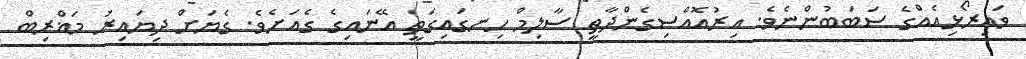
ވައިރޯޅިއެއްގެ ސަބަބުންނެވެ. އިރުއޮއްސިގެންދާތީ ސާލިމް ހިނގައިގަތީ އޭނައިގެ ގެއަށެވެ. ގެޔަށް ދިޔައިރު މަޣްރިބް